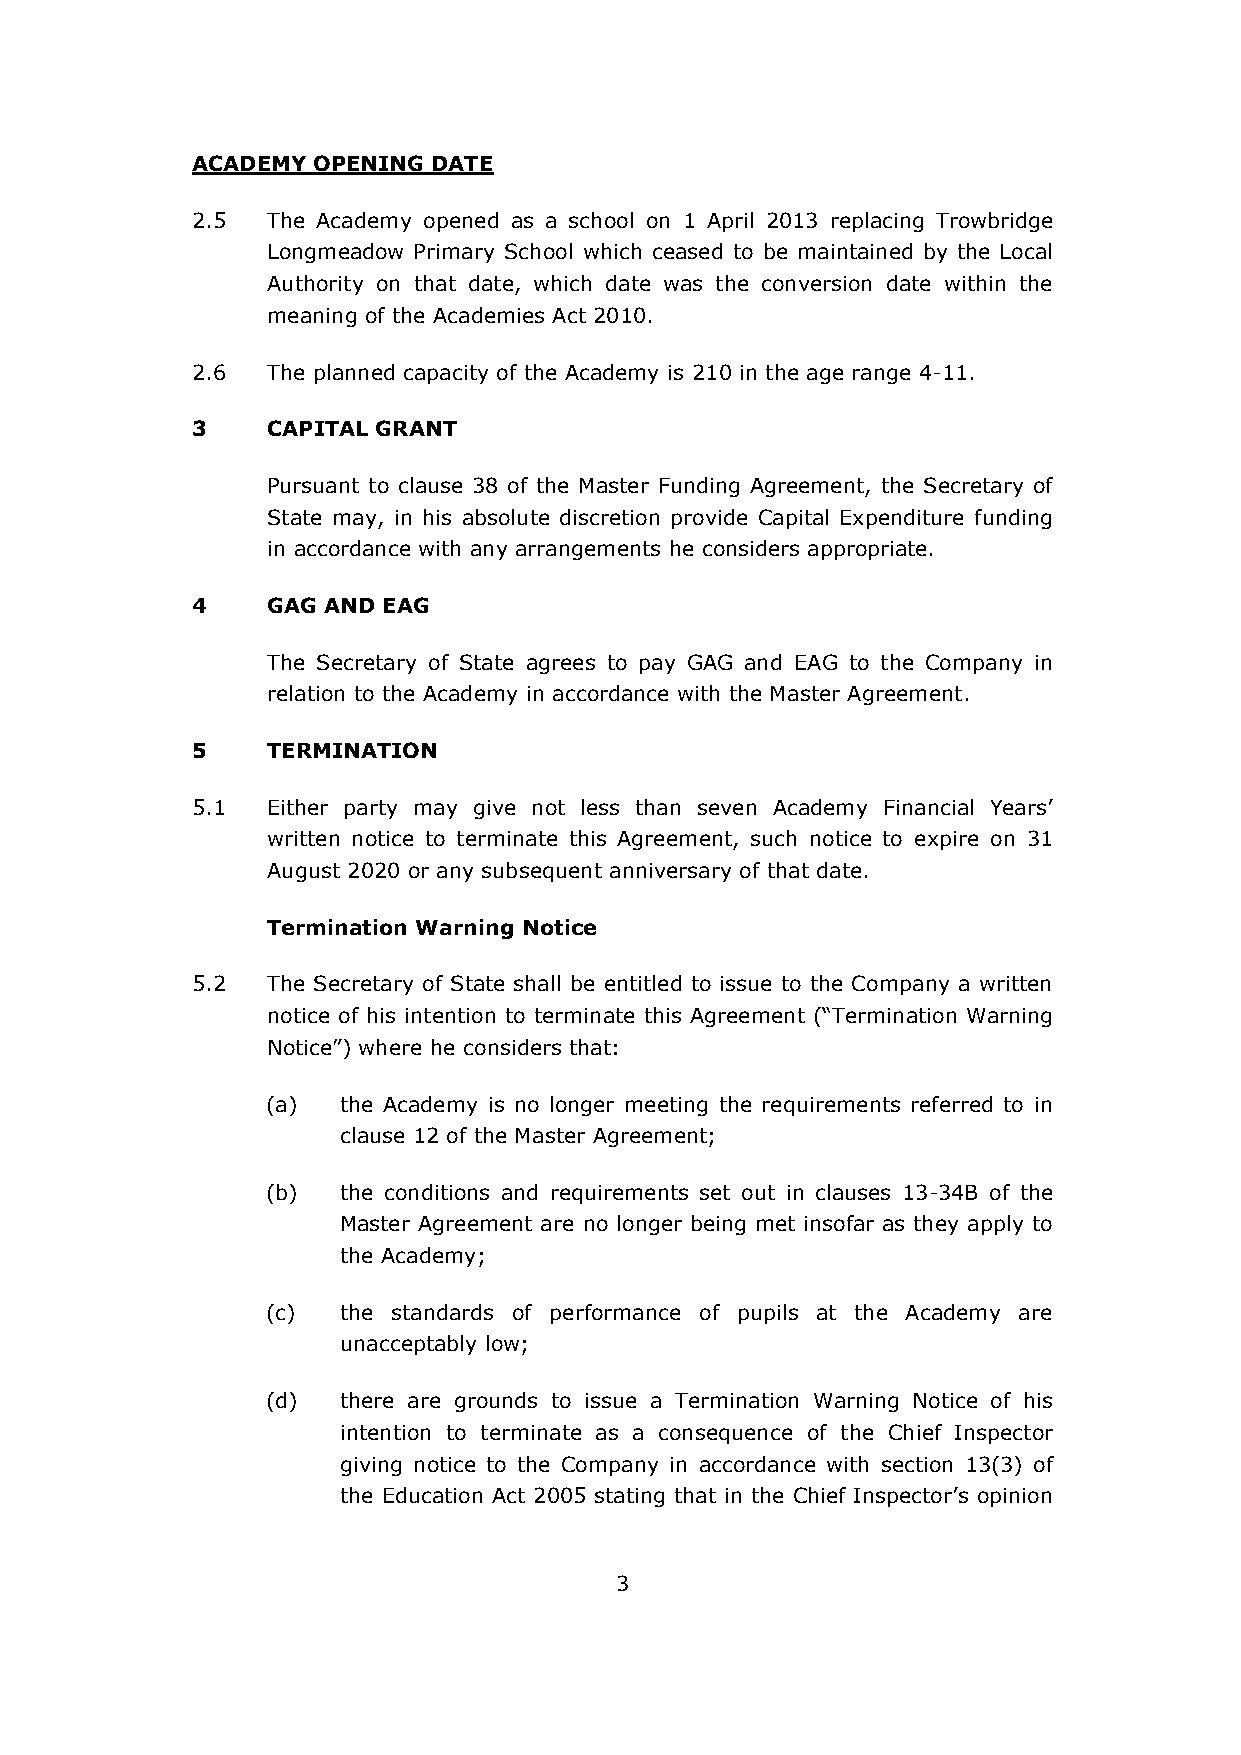
ACADEMY OPENING DATE
 2.5  The Academy opened as a school on 1 April 2013 replacing Trowbridge
 Longmeadow Primary School which ceased to be maintained by the Local
 Authority on that date, which date was the conversion date within the
 meaning of the Academies Act 2010.
 2.6  The planned capacity of the Academy is 210 in the age range 4-11.
 3    CAPITAL GRANT
 Pursuant to clause 38 of the Master Funding Agreement, the Secretary of
 State may, in his absolute discretion provide Capital Expenditure funding
 in accordance with any arrangements he considers appropriate.
 4    GAG AND EAG
 The Secretary of State agrees to pay GAG and EAG to the Company in
 relation to the Academy in accordance with the Master Agreement.
 5    TERMINATION
 5.1  Either party may give not less than seven Academy Financial Years’
 written notice to terminate this Agreement, such notice to expire on 31
 August 2020 or any subsequent anniversary of that date.
 Termination Warning Notice
 5.2  The Secretary of State shall be entitled to issue to the Company a written
 notice of his intention to terminate this Agreement (“Termination Warning
 Notice”) where he considers that:
 (a) the Academy is no longer meeting the requirements referred to in
 clause 12 of the Master Agreement;
 (b) the conditions and requirements set out in clauses 13-34B of the
 Master Agreement are no longer being met insofar as they apply to
 the Academy;
 (c) the standards of performance of pupils at the Academy are
 unacceptably low;
 (d) there are grounds to issue a Termination Warning Notice of his
 intention to terminate as a consequence of the Chief Inspector
 giving notice to the Company in accordance with section 13(3) of
 the Education Act 2005 stating that in the Chief Inspector’s opinion
 3